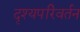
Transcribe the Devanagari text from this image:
दृश्यपरिवर्तन